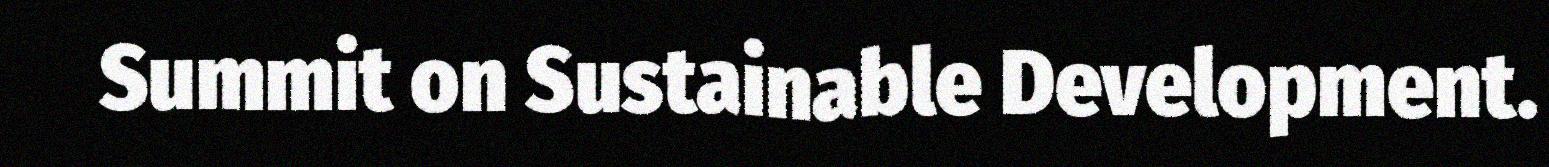
Summit on Sustainable Development.